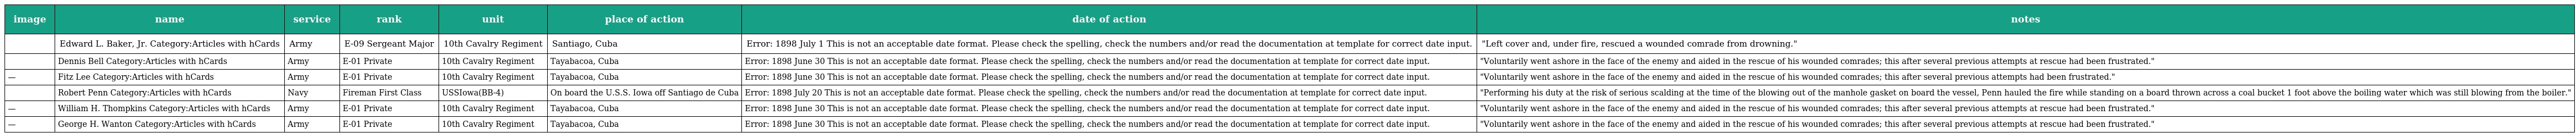
| image | name | service | rank | unit | place of action | date of action | notes |
 | --- | --- | --- | --- | --- | --- | --- | --- |
 |  | Edward L. Baker, Jr. Category:Articles with hCards | Army | E-09 Sergeant Major | 10th Cavalry Regiment | Santiago, Cuba | Error: 1898 July 1 This is not an acceptable date format. Please check the spelling, check the numbers and/or read the documentation at template for correct date input. | "Left cover and, under fire, rescued a wounded comrade from drowning." |
 |  | Dennis Bell Category:Articles with hCards | Army | E-01 Private | 10th Cavalry Regiment | Tayabacoa, Cuba | Error: 1898 June 30 This is not an acceptable date format. Please check the spelling, check the numbers and/or read the documentation at template for correct date input. | "Voluntarily went ashore in the face of the enemy and aided in the rescue of his wounded comrades; this after several previous attempts at rescue had been frustrated." |
 | — | Fitz Lee Category:Articles with hCards | Army | E-01 Private | 10th Cavalry Regiment | Tayabacoa, Cuba | Error: 1898 June 30 This is not an acceptable date format. Please check the spelling, check the numbers and/or read the documentation at template for correct date input. | "Voluntarily went ashore in the face of the enemy and aided in the rescue of his wounded comrades; this after several previous attempts had been frustrated." |
 |  | Robert Penn Category:Articles with hCards | Navy | Fireman First Class | USSIowa(BB-4) | On board the U.S.S. Iowa off Santiago de Cuba | Error: 1898 July 20 This is not an acceptable date format. Please check the spelling, check the numbers and/or read the documentation at template for correct date input. | "Performing his duty at the risk of serious scalding at the time of the blowing out of the manhole gasket on board the vessel, Penn hauled the fire while standing on a board thrown across a coal bucket 1 foot above the boiling water which was still blowing from the boiler." |
 | — | William H. Thompkins Category:Articles with hCards | Army | E-01 Private | 10th Cavalry Regiment | Tayabacoa, Cuba | Error: 1898 June 30 This is not an acceptable date format. Please check the spelling, check the numbers and/or read the documentation at template for correct date input. | "Voluntarily went ashore in the face of the enemy and aided in the rescue of his wounded comrades; this after several previous attempts at rescue had been frustrated." |
 | — | George H. Wanton Category:Articles with hCards | Army | E-01 Private | 10th Cavalry Regiment | Tayabacoa, Cuba | Error: 1898 June 30 This is not an acceptable date format. Please check the spelling, check the numbers and/or read the documentation at template for correct date input. | "Voluntarily went ashore in the face of the enemy and aided in the rescue of his wounded comrades; this after several previous attempts at rescue had been frustrated." |